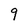
Character: 9